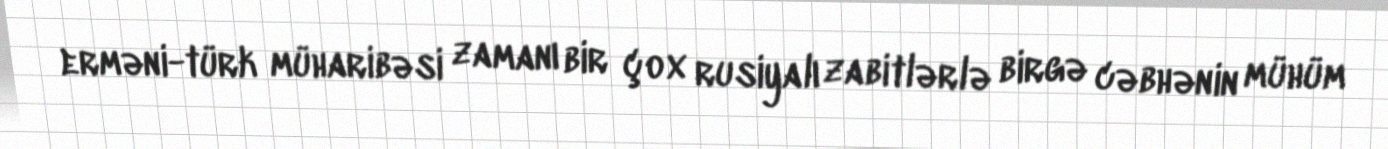
erməni-türk müharibəsi zamanı bir çox rusiyalı zabitlərlə birgə cəbhənin mühüm